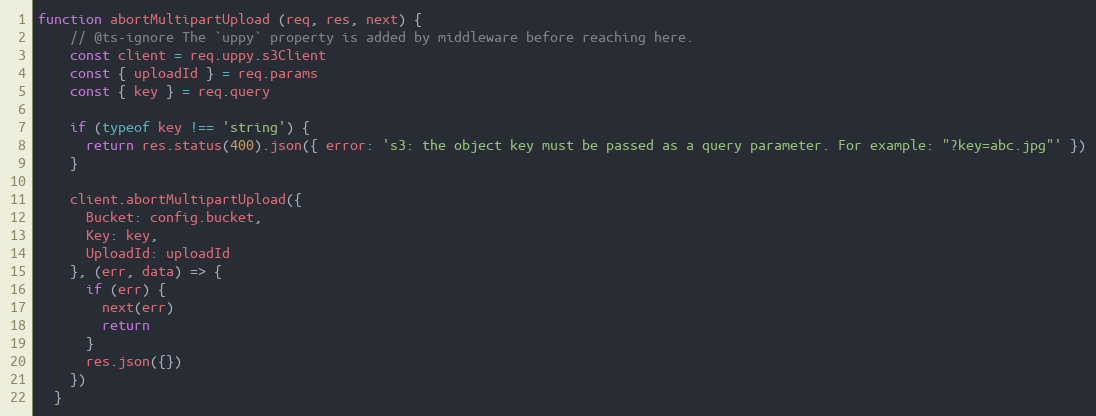
Language: JavaScript
function abortMultipartUpload (req, res, next) {
    // @ts-ignore The `uppy` property is added by middleware before reaching here.
    const client = req.uppy.s3Client
    const { uploadId } = req.params
    const { key } = req.query

    if (typeof key !== 'string') {
      return res.status(400).json({ error: 's3: the object key must be passed as a query parameter. For example: "?key=abc.jpg"' })
    }

    client.abortMultipartUpload({
      Bucket: config.bucket,
      Key: key,
      UploadId: uploadId
    }, (err, data) => {
      if (err) {
        next(err)
        return
      }
      res.json({})
    })
  }